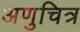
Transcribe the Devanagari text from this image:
अणुचित्र